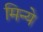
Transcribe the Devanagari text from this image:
मिन्ये